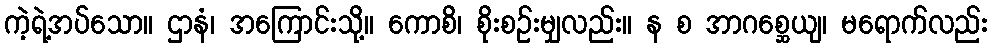
ကဲ့ရဲ့အပ်သော။ ဌာနံ၊ အကြောင်းသို့။ ကောစိ၊ စိုးစဉ်းမျှလည်း။ န စ အာဂစ္ဆေယျ၊ မရောက်လည်း